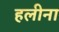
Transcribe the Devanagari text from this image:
हलीना